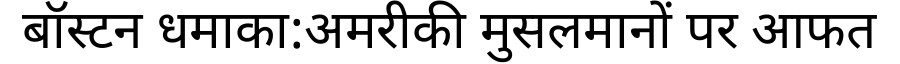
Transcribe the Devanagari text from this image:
बॉस्टन धमाका:अमरीकी मुसलमानों पर आफत